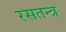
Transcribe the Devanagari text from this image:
रसतन्त्र